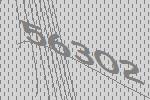
56302